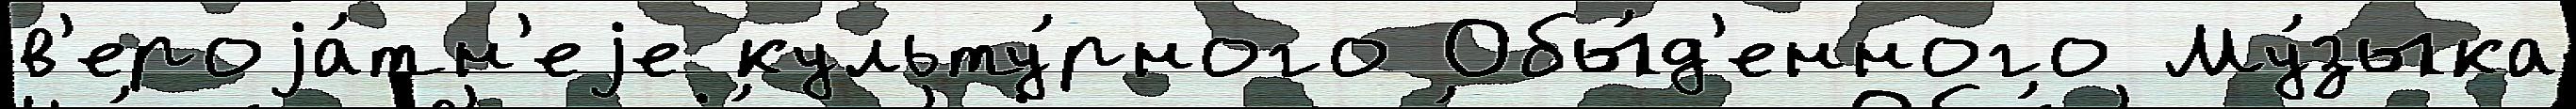
в'ероjа́тн'еjе культу́рного Обы́д'енного Му́зыка